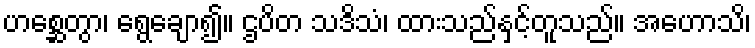
ဟစ္ဆေတွာ၊ ရွေချော၍။ ဌပိတ သဒိသံ၊ ထားသည်နှင့်တူသည်။ အဟောသိ၊